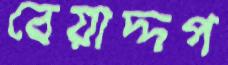
বেয়াদ্দপ